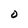
Character: O